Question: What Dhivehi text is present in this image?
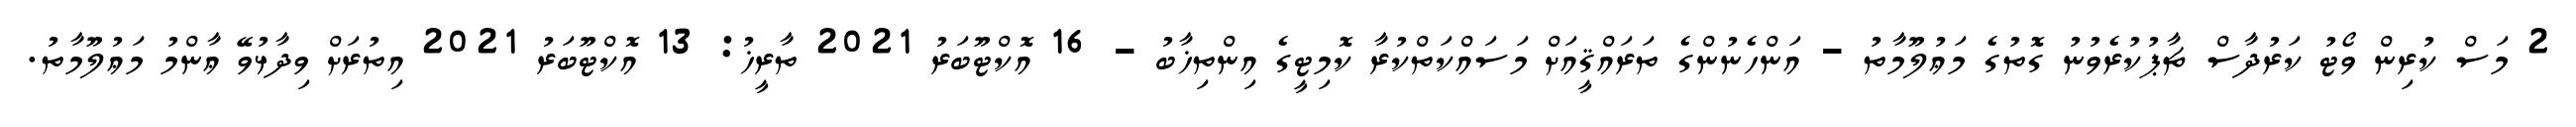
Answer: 2 މަސް ކުރިން ވޯޓު ކަރުދާސް ޗާޕުކުރެވުނު ގޮތުގެ މަޢުލޫމާތު - އަންހެނުންގެ ތަރައްޤީއަށް މަސައްކަތްކުރާ ކޮމިޓީގެ އިންތިޚާބު - 16 އޮކްޓޫބަރު 2021 ތާރީޚު: 13 އޮކްޓޫބަރު 2021 އިތުރަށް ވިދާޅުވޭ ޢާންމު މަޢުލޫމާތު.